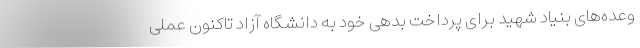
وعده‌های بنیاد شهید برای پرداخت بدهی خود به دانشگاه آزاد تاکنون عملی